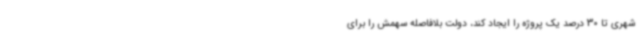
شهری تا 30 درصد یک پروژه را ایجاد کند، دولت بلافاصله سهمش را برای